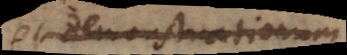
et demonstrationum